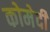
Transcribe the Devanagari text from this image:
कोमेदी